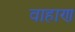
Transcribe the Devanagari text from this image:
वाहाण